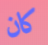
كان